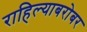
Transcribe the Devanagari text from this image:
राहिल्याबरोबर